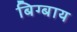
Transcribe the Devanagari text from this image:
बिग्बाय